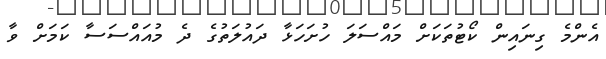
އެންމެ ގިނައިން ކޯޓުތަކަށް މައްސަލަ ހުށަހަޅާ ދައުލަތުގެ ދެ މުއައްސަސާ ކަމަށް ވާ